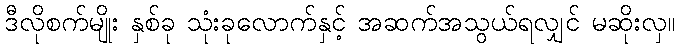
ဒီလိုစက်မျိုး နှစ်ခု သုံးခုလောက်နှင့် အဆက်အသွယ်ရလျှင် မဆိုးလှ။